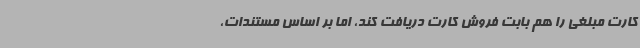
کارت مبلغی را هم بابت فروش کارت دریافت کند، اما بر اساس مستندات،